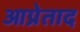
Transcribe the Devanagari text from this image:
आप्रेताद